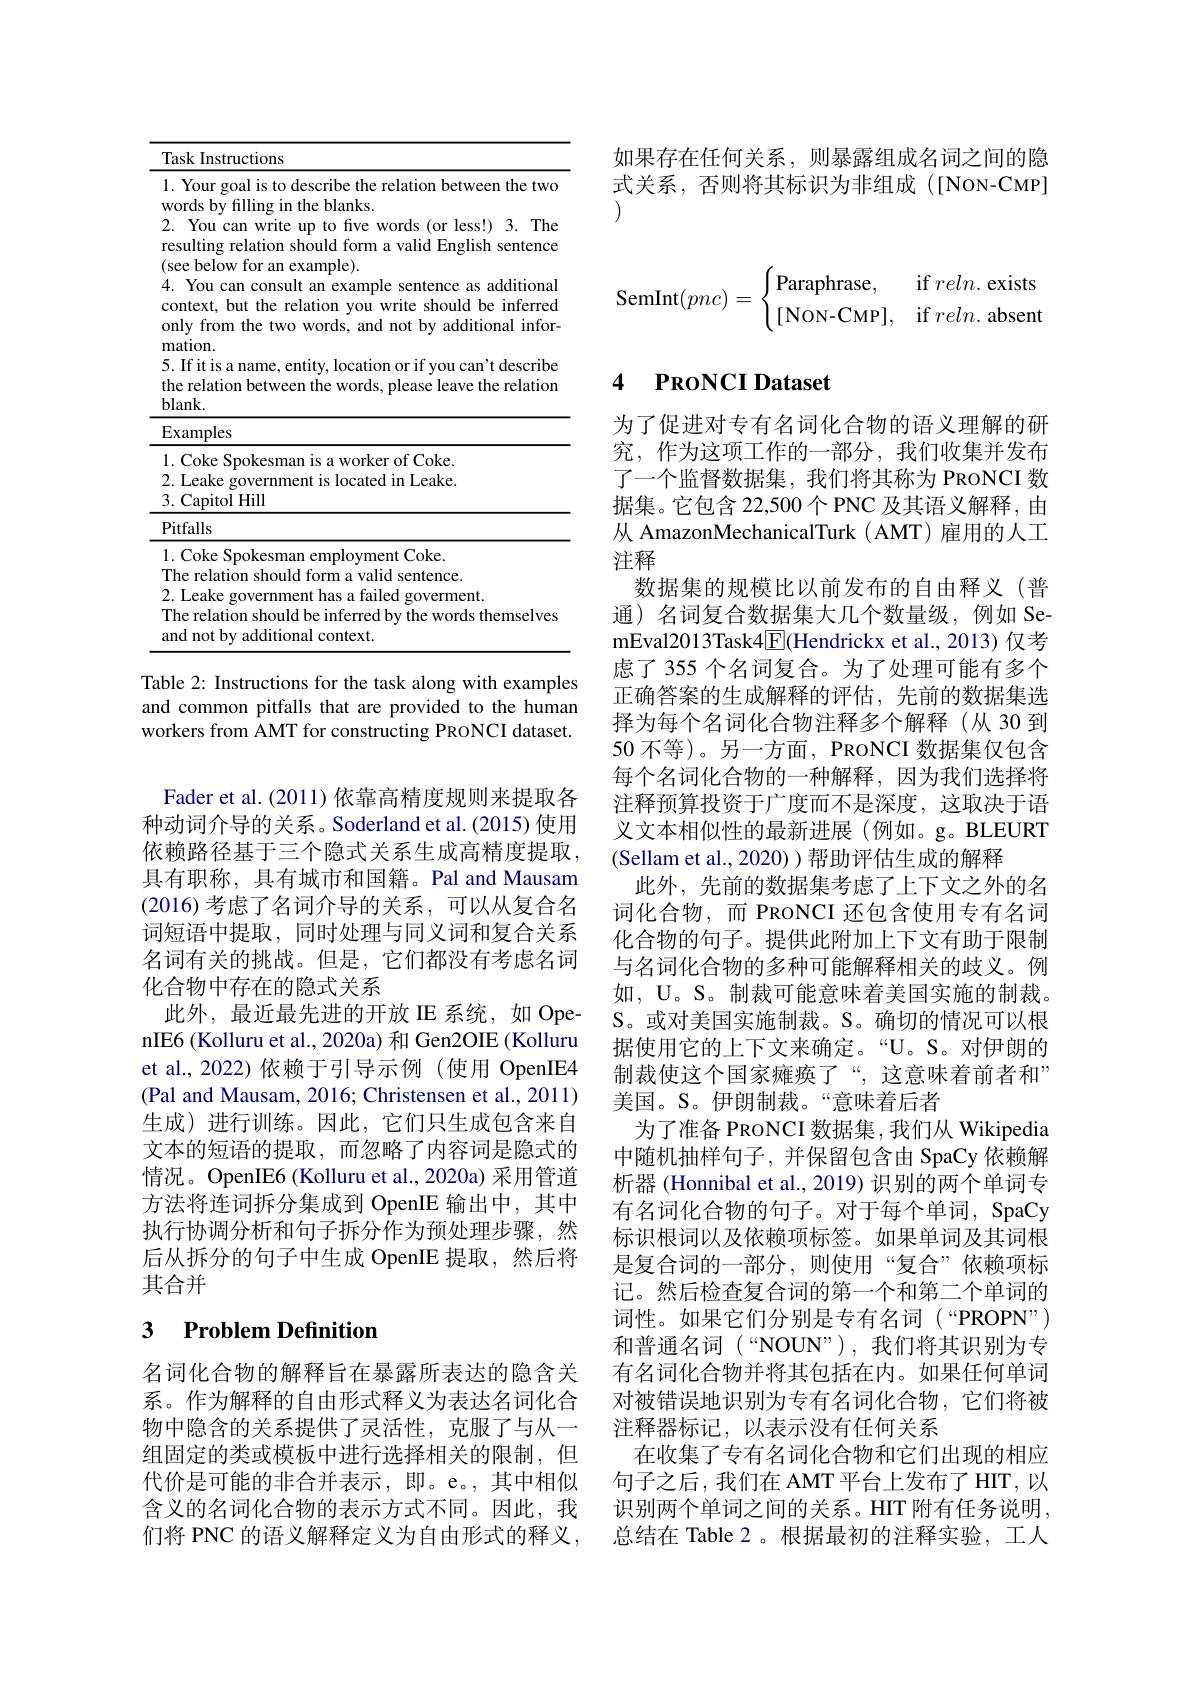
<table>
	<tbody>
		<tr>
			<td>11</td>
			<td>Instructions</td>
		</tr>
		<tr>
			<td>1 $V$</td>
			<td>our goal is to describe the relation between the two s by filling in the blanks.</td>
		</tr>
		<tr>
			<td>r</td>
			<td>7ou can write up to five words (or less!) 3. The ting relation should form a valid English sentence below for an example).</td>
		</tr>
		<tr>
			<td>$\Gamma$</td>
			<td>ou can consult an example sentence as additional ext, but the relation you write should be inferred from the two words, and not by additional infor $xn.$</td>
		</tr>
		<tr>
			<td>$\Gamma$ $t.$ $b$</td>
			<td>on. it is a name, entity, location or if you can't describe elation between the words, please leave the relation $\langle.$</td>
		</tr>
		<tr>
			<td>1 {}</td>
			<td>oke Spokesman is a worker of Coke. ake government is located in Leake apitol Hill</td>
		</tr>
		<tr>
			<td>71 $a$</td>
			<td>relation should be inferred by the words themselves not by additional context.</td>
		</tr>
	</tbody>
</table>

Table 2: Instructions for the task along with examples and common pitfalls that are provided to the human workers from AMT for constructing PRONCI dataset.

Fader et al. (2011) 依靠高精度规则来提取各种动词介导的关系。Soderland et al.(2015) 使用依赖路径基于三个隐式关系生成高精度提取， 具有职称，具有城市和国籍。Pal and Mausam (2016)考虑了名词介导的关系，可以从复合名词短语中提取，同时处理与同义词和复合关系名词有关的挑战。但是，它们都没有考虑名词化合物中存在的隐式关系
此外，最近最先进的开放 IE 系统，如 OpenIE6 (Kolluru et al., 2020a) 和 Gen2OIE (Kolluru et al., 2022)依赖于引导示例(使用 OpenIE4 (Pal and Mausam, 2016; Christensen et al., 2011) 生成)进行训练。因此，它们只生成包含来自文本的短语的提取，而忽略了内容词是隐式的情况。OpenIE6 (Kolluru et al., 2020a) 采用管道方法将连词拆分集成到 OpenIE 输出中，其中执行协调分析和句子拆分作为预处理步骤，然后从拆分的句子中生成 OpenIE 提取，然后将其合并

# 3 Problem Definition

名词化合物的解释旨在暴露所表达的隐含关系。作为解释的自由形式释义为表达名词化合物中隐含的关系提供了灵活性，克服了与从一组固定的类或模板中进行选择相关的限制，但代价是可能的非合并表示，即。e。,其中相似含义的名词化合物的表示方式不同。因此，我们将 PNC 的语义解释定义为自由形式的释义，

如果存在任何关系，则暴露组成名词之间的隐式关系，否则将其标识为非组成([NON-CMP]
$$\text{SemInt}(pnc)=\begin{cases}\text{Paraphrase},&\text{if}reln.\text{exists}\\[\text{NON-CMP}],&\text{if}reln.\text{absent}\end{cases}$$
### 4 $\textbf{PRONCI Dataset}$

为了促进对专有名词化合物的语义理解的研究，作为这项工作的一部分，我们收集并发布了一个监督数据集，我们将其称为 PRONCI 数据集。它包含 22,500个 PNC 及其语义解释，由从 AmazonMechanicalTurk ( AMT) 雇用的人工注释
数据集的规模比以前发布的自由释义(普通)名词复合数据集大几个数量级，例如 SemEval2013Task4$\boxed{\mathrm{F}}($Hendrickx et al.,2013)仅考虑了 355 个名词复合。为了处理可能有多个正确答案的生成解释的评估，先前的数据集选择为每个名词化合物注释多个解释(从 30 到50 不等)。另一方面，PRONCI 数据集仅包含每个名词化合物的一种解释，因为我们选择将注释预算投资于广度而不是深度，这取决于语义文本相似性的最新进展(例如。g。BLEURT (Sellam et al., 2020) ) 帮助评估生成的解释
此外，先前的数据集考虑了上下文之外的名词化合物，而 PRONCI 还包含使用专有名词化合物的句子。提供此附加上下文有助于限制与名词化合物的多种可能解释相关的歧义。例如，U。S。制裁可能意味着美国实施的制裁。S。或对美国实施制裁。S。确切的情况可以根据使用它的上下文来确定。“U。S。对伊朗的制裁使这个国家瘫痪了“,这意味着前者和” 美国。S。伊朗制裁。“意味着后者
为了准备 PRONCI 数据集，我们从 Wikipedia 中随机抽样句子，并保留包含由 SpaCy 依赖解析器 (Honnibal et al., 2019) 识别的两个单词专有名词化合物的句子。对于每个单词，SpaCy 标识根词以及依赖项标签。如果单词及其词根是复合词的一部分，则使用“复合”依赖项标记。然后检查复合词的第一个和第二个单词的词性。如果它们分别是专有名词(“PROPN”) 和普通名词(“NOUN”),我们将其识别为专有名词化合物并将其包括在内。如果任何单词对被错误地识别为专有名词化合物，它们将被注释器标记，以表示没有任何关系
在收集了专有名词化合物和它们出现的相应句子之后，我们在 AMT 平台上发布了 HIT, 以识别两个单词之间的关系。HIT 附有任务说明， 总结在 Table 2 。根据最初的注释实验，工人